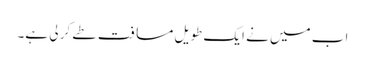
اب میں نے ایک طویل مسافت طے کر لی ہے۔